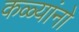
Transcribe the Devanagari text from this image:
कळ्यांनो